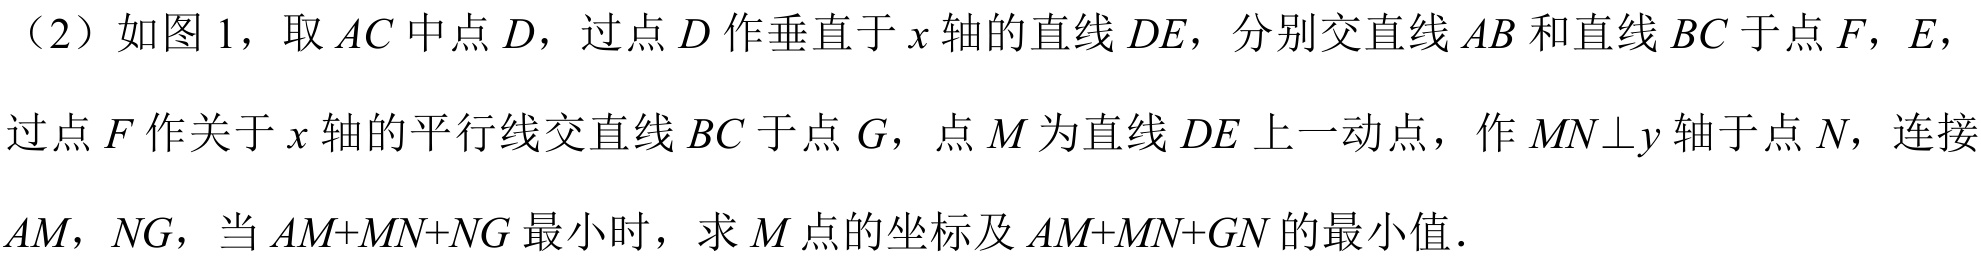
（2）如图1，取$AC$中点$D$，过点$D$作垂直于$x$轴的直线$DE$，分别交直线$AB$和直线$BC$于点$F$，$E$，
过点$F$作关于$x$轴的平行线交直线$BC$于点$G$，点$M$为直线$DE$上一动点，作$MN\bot y$轴于点$N$，连接
$AM$，$NG$，当$AM + MN+NG$最小时，求$M$点的坐标及$AM + MN+GN$的最小值．